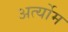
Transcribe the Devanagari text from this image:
अर्त्योम